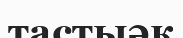
тастыәк